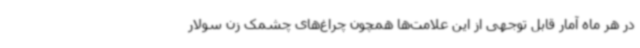
در هر ماه آمار قابل توجهی از این علامت‌ها همچون چراغ‌های چشمک زن سولار